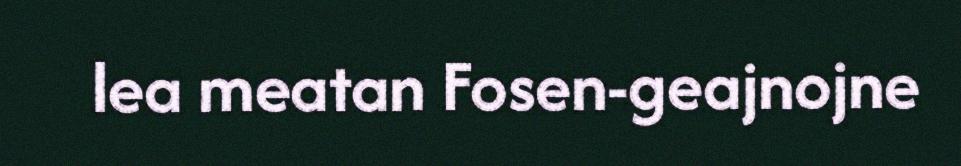
lea meatan Fosen-geajnojne